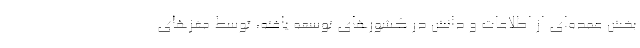
بخش عمده‌ای از اطلاعات و دانش در کشورهای توسعه یافته، توسط مغزهای